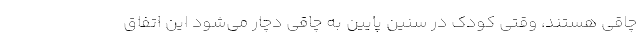
چاقی هستند، وقتی کودک در سنین پایین به چاقی دچار می‌شود این اتفاق